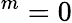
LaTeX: ^m=0